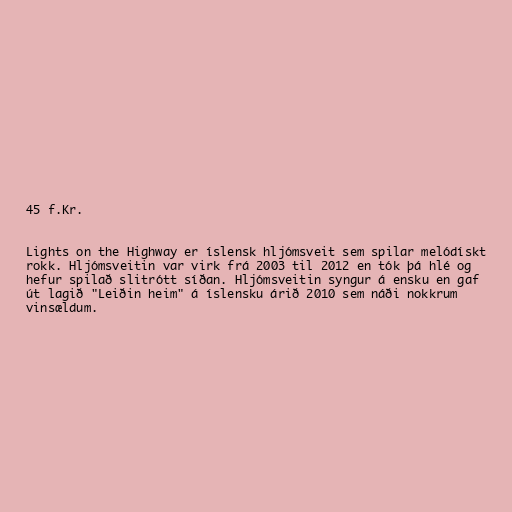
45 f.Kr.

Lights on the Highway er íslensk hljómsveit sem spilar melódískt
rokk. Hljómsveitin var virk frá 2003 til 2012 en tók þá hlé og
hefur spilað slitrótt síðan. Hljómsveitin syngur á ensku en gaf
út lagið "Leiðin heim" á íslensku árið 2010 sem náði nokkrum
vinsældum.